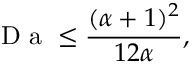
\mathrm { ~ D ~ a ~ } \le \frac { ( \alpha + 1 ) ^ { 2 } } { 1 2 \alpha } ,